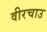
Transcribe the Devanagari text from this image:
वीरचाउ